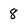
Character: 8